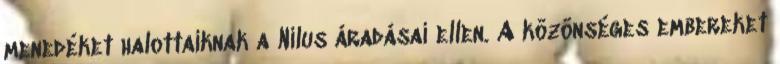
menedéket halottaiknak a Nilus áradásai ellen. A közönséges embereket